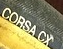
CROSSACX